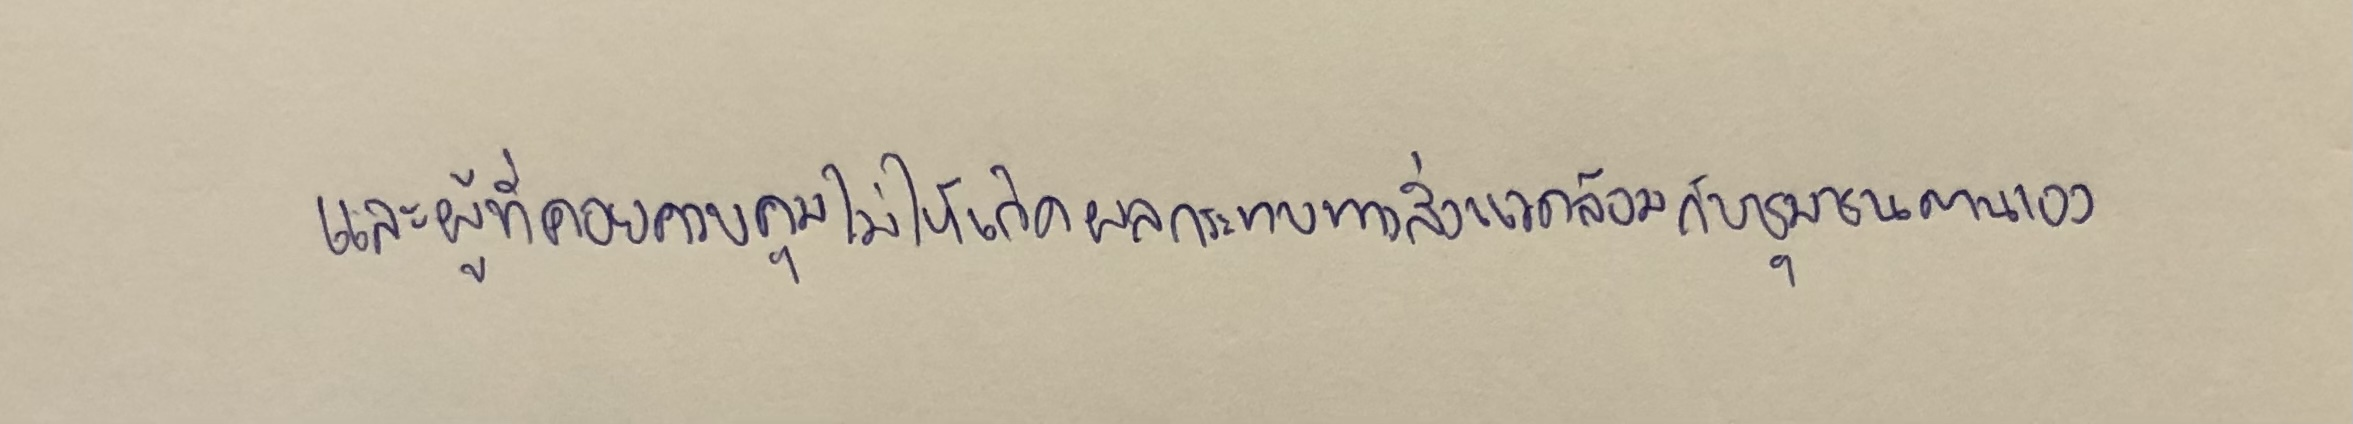
และผู้ที่คอยควบคุมไม่ให้เกิดผลกระทบทางสิ่งแวดล้อมกับชุมชนตนเอง